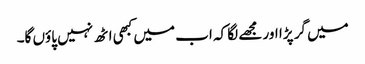
میں گر پڑا اور مجھے لگا کہ اب میں کبھی اٹھ نہیں پاؤں گا۔